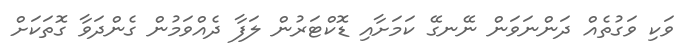
ވަކި ވަގުތެއް ދަންނަވަން ނޭނގޭ ކަމަށާއި ޑޮކްޓަރުން ލަފާ ދެއްވަމުން ގެންދަވާ ގޮތަކަށް